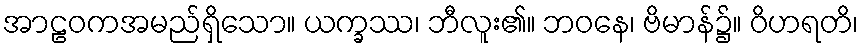
အာဠဝကအမည်ရှိသော။ ယက္ခဿ၊ ဘီလူး၏။ ဘဝနေ၊ ဗိမာန်၌။ ဝိဟရတိ၊